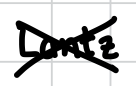
Text: Lantz
Cross-out: mix
Writing tool: digital_black